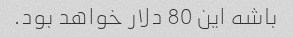
باشه این 80 دلار خواهد بود.